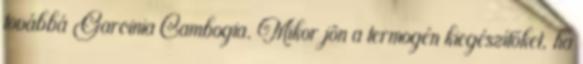
továbbá Garcinia Cambogia. Mikor jön a termogén kiegészítőket, ha